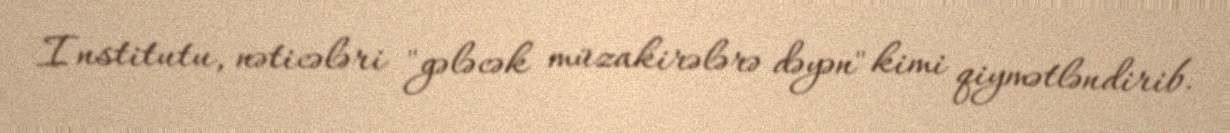
Institutu, nəticələri "gələcək müzakirələrə dəyən" kimi qiymətləndirib.